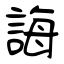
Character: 誨